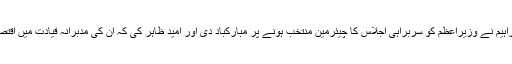
ای سی او کے سیکرٹری جنرل خلیل ابراہیم نے وزیراعظم کو سربراہی اجلاس کا چیئرمین منتخب ہونے پر مبارکباد دی اور امید ظاہر کی کہ اُن کی مدبرانہ قیادت میں اقتصادی تعاون تنظیم مزید ترقی کرے گی۔